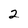
Character: 2